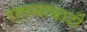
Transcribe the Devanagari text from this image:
रहस्यावादी